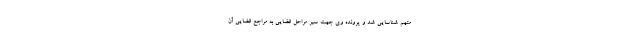
متهم شناسایی شد و پرونده وی جهت سیر مراحل قضایی به مراجع قضایی آن